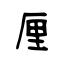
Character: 厘